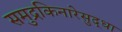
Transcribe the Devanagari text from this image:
समुद्रकिनारेसुद्धा